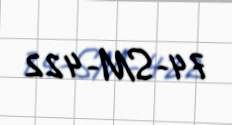
74-SM-422